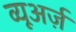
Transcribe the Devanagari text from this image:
व्यूअर्ज़